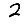
Digit: 2